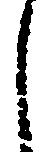
し